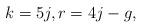
LaTeX: \begin{align*} k=5j, r= 4j-g,\end{align*}